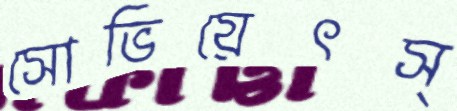
সোভিয়েৎস্